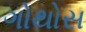
ગોથોસ